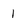
Character: 1